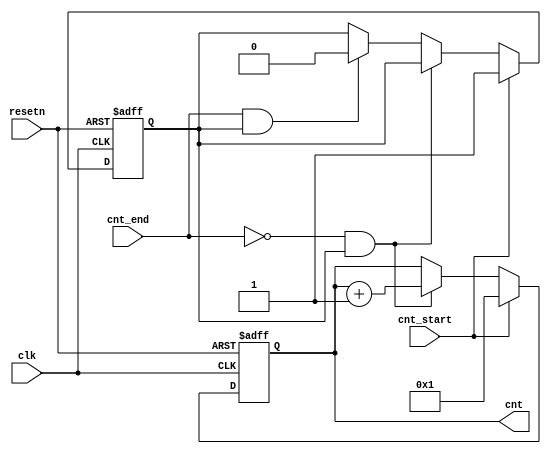
module counter (
    clk,
    resetn,
    cnt_start,
    cnt_end,
    cnt
);

parameter WIDTH = 28;

input clk;
input resetn;
input cnt_start;
input cnt_end;

output [WIDTH-1:0] cnt;

reg [WIDTH-1:0] cnt_r;
reg             run_r;

always @(posedge clk or negedge resetn) begin
    if (~resetn) begin
        cnt_r <= {WIDTH{1'b0}};
        run_r <= 1'b0;
    end
    else if (cnt_start) begin
        cnt_r <= {{(WIDTH-1){1'b0}}, 1'b1};
        run_r <= 1'b1;
    end
    else if (~cnt_end & run_r) begin
        cnt_r <= cnt_r + 1'b1;
    end
    else if (cnt_end & run_r) begin
        cnt_r <= cnt_r;
        run_r <= 1'b0;
    end
end

assign cnt = cnt_r;


endmodule